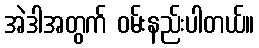
အဲဒါအတွက် ဝမ်းနည်းပါတယ်။